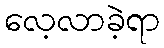
လေ့လာခဲ့ရာ